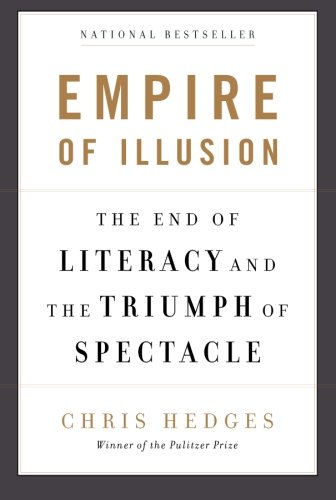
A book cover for Empire of Illusion: The End of Literacy and the Triumph of Spectacle; Chris Hedges; Humor & Entertainment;